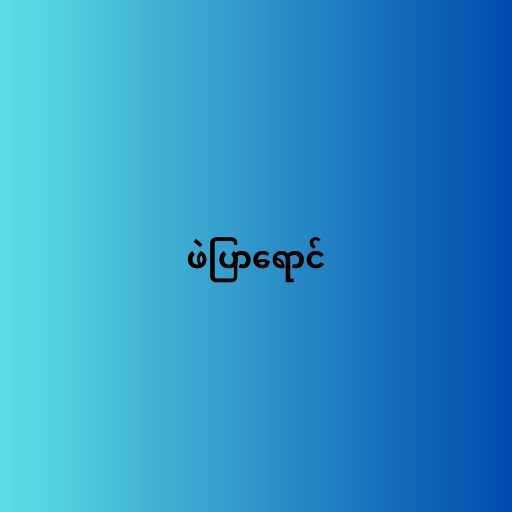
ဖဲပြာရောင်